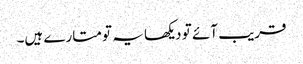
قریب آئے تو دیکھا یہ تو متارے ہیں۔